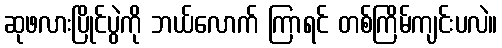
ဆုဖလားပြိုင်ပွဲကို ဘယ်လောက် ကြာရင် တစ်ကြိမ်ကျင်းပလဲ။